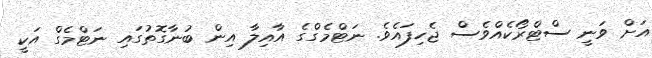
އަށް ވަނީ ސްޓްރޯކެއްވެސް ޖެހިފައެވެ. ނަޓްމެގްގެ އާއިލާ އިން ބުނާގޮތުގައި ނަޓްމެގް އަކީ